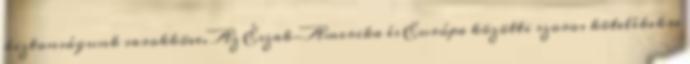
biztonságunk sarokköve. Az Észak-Amerika és Európa közötti szoros kötelékekre